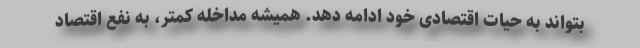
بتواند به حیات اقتصادی خود ادامه دهد. همیشه مداخله کمتر، به نفع اقتصاد